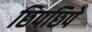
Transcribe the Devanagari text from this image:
छिपछिपे